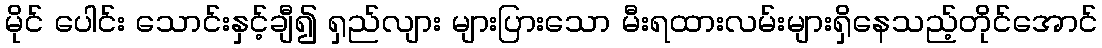
မိုင် ပေါင်း သောင်းနှင့်ချီ၍ ရှည်လျား များပြားသော မီးရထားလမ်းများရှိနေသည့်တိုင်အောင်